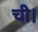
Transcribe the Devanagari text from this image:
ची।